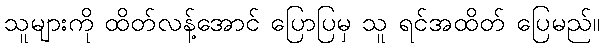
သူများကို ထိတ်လန့်အောင် ပြောပြမှ သူ ရင်အထိတ် ပြေမည်။